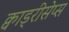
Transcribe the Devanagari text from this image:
क्वाड्रीसेप्स